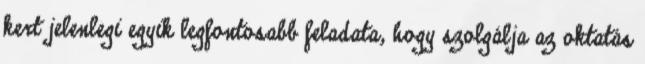
kert jelenlegi egyik legfontosabb feladata, hogy szolgálja az oktatás